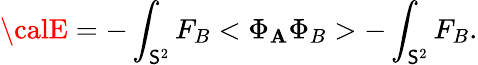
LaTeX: {\calE}=-\int_{\mathsf{S}^{2}}F_{B}<\Phi_{\mathbf{A}}\Phi_{B}>-\int_{\mathsf{S}^{2}}F_{B}.